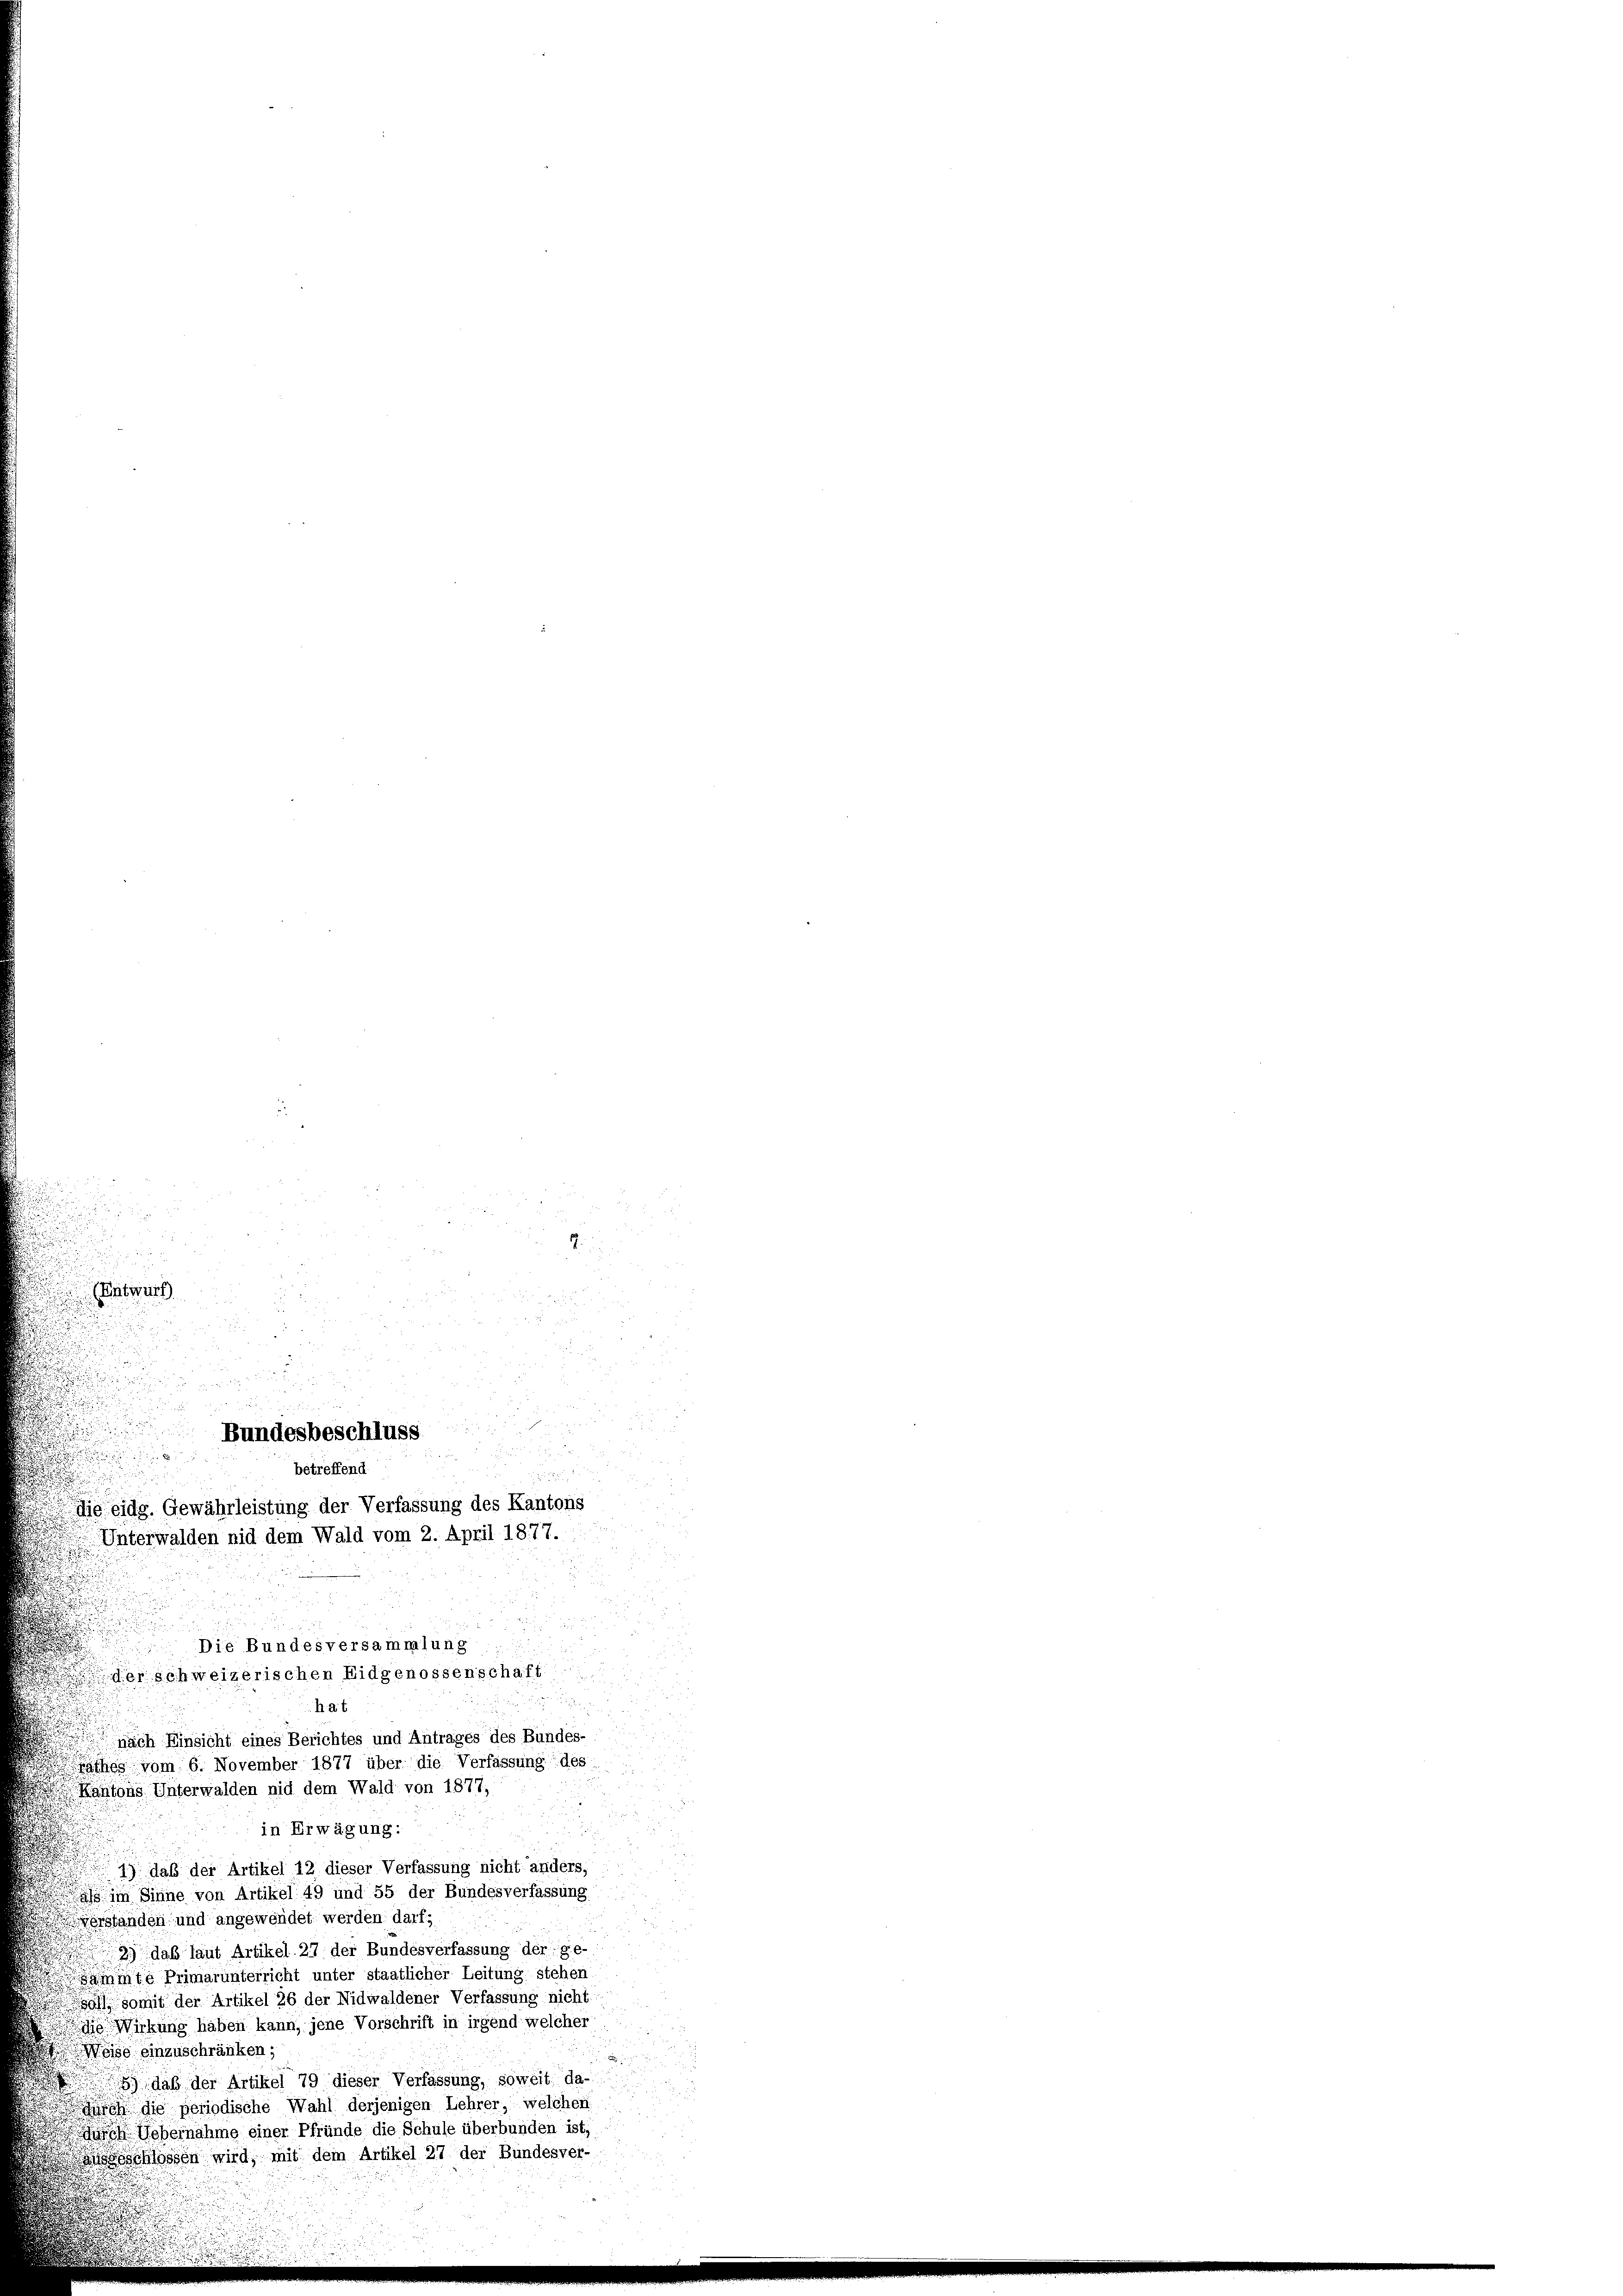
(Entwurf.

i
die eidg. Gewährleistung der Verfassung des Kantons
Unterwalden nid dem Wald vom 2. April 1877.
Die Bundesversammlung
erschweizerischen Eidgenossenschaft
.
hat
nach Einsicht eines Berichtes und Antrages des Bundes-
rathes vom 6. November 1877 über die Verfassung des
Kantons Unterwalden nid dem Wald von 1877,
in Erwägung:
1) daß der Artikel 12 dieser Verfassung nicht anders,
ass im Sinne von Artikel 49 und 55 der Bundesverfassung
erstanden und angewendet werden darf;
2.) daß laut Artikel 27 der Bundesverfassung der ge-
ammte Primarunterricht unter staatlicher Leitung stehen
911 somit der Artikel 26 der Nidwaldener Verfassung nicht
die Wirkung haben kann, jene Vorschrift in irgend welcher
Weise einzuschränken;
daß der Artikel 79 dieser Verfassung, soweit da-
durch die periodische Wahl derjenigen Lehrer, welchen
d Uebernahme einer Pfründe die Schule überbunden ist,
ausschlossen wird, mit dem Artikel 27 der Bundesver-

Bundesbeschluss
u
betreffend